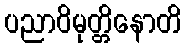
ပညာဝိမုတ္တိနောတိ